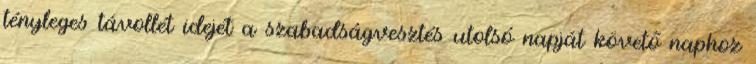
tényleges távollét idejét a szabadságvesztés utolsó napját követő naphoz